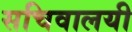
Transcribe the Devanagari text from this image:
सचिवालयी